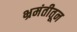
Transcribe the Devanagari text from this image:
भ्रमंतीतून